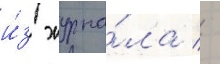
и́з журна́ла